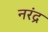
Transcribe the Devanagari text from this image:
नरंद्र